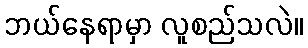
ဘယ်နေရာမှာ လူစည်သလဲ။